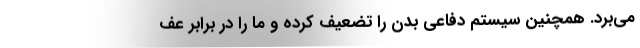
می‌بَرد. همچنین سیستم دفاعی بدن را تضعیف کرده و ما را در برابر عف